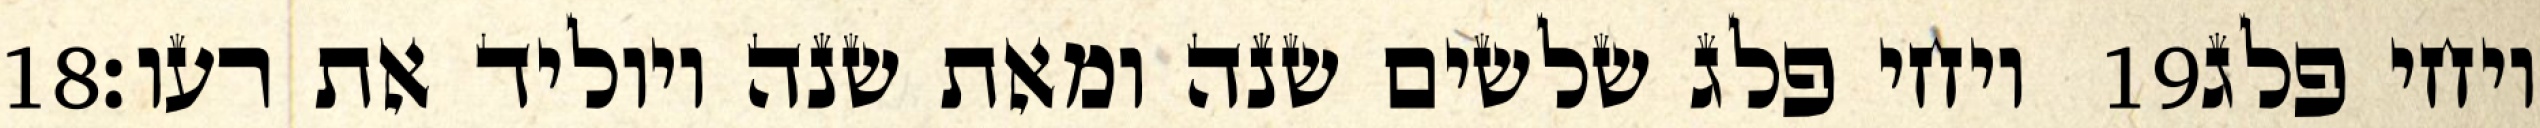
‎18‏ ויחי פלג שלשים שנה ומאת שנה ויוליד את רעו׃ ‎19‏ ויחי פלג